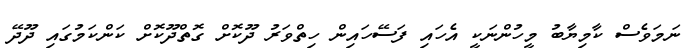
ނަމަވެސް ކާމިޔާބު މީހުންނަކީ އެހައި ފަސޭހައިން ހިތްވަރު ދޫކޮށް ގޮތްދޫކޮށް ކަންކަމުގައި ދޫދޭ